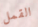
القمل